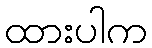
ထားပါက